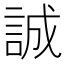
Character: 誠